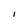
Character: I